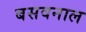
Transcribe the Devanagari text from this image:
बसवनाल